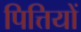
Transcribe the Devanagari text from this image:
पित्तियों